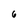
Character: 6